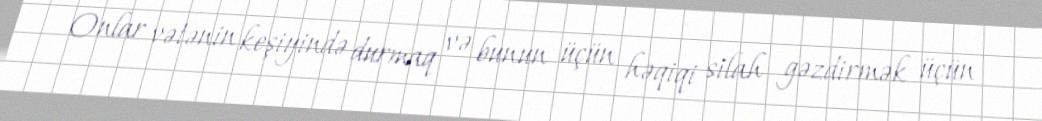
Onlar vətənin keşiyində durmaq və bunun üçün həqiqi silah gəzdirmək üçün